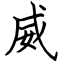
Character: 威